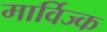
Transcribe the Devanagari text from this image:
मार्विज्क